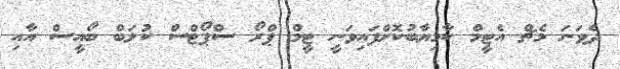
ދެވަނަ މެޗް އެޓީމް ކާމިޔާބުކޮށްފައިވަނީ ޓީމް ޕްރޯ ސްޕޯޓްސް ކުލަބް ބޯއީސް އާއި